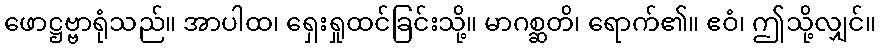
ဖောဋ္ဌဗ္ဗာရုံသည်။ အာပါထ၊ ရှေးရှုထင်ခြင်းသို့။ မာဂစ္ဆတိ၊ ရောက်၏။ ဧဝံ၊ ဤသို့လျှင်။